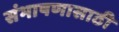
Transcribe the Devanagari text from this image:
संभाषणासाठी